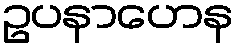
ဥပနာဟေန